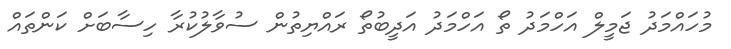
މުހައްމަދު ޖަމީލް އަހްމަދު ތޯ އަހްމަދު އަދީބުތޯ ރައްޔިތުން ސުވާލުކުރާ ހިސާބަށް ކަންތައް